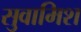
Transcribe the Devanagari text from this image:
सुवामिश